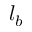
l _ { b }